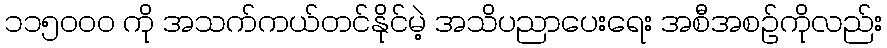
၁၁၅၀၀၀ ကို အသက်ကယ်တင်နိုင်မဲ့ အသိပညာပေးရေး အစီအစဉ်ကိုလည်း